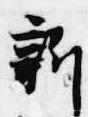
新